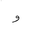
Letter: _waw